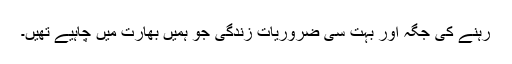
رہنے کی جگہ اور بہت سی ضروریاتِ زندگی جو ہمیں بھارت میں چاہیے تھیں۔